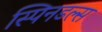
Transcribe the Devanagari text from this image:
स्पिनडल्स